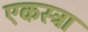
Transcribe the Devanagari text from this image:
एकस्ट्रा